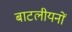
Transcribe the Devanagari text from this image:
बाटलीयनों